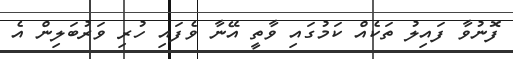
ފޮނުވާ ފައިލު ތަކެއް ކަމުގައި ވާތީ އޭނާ ވެފައި ހުރި ވަރުބަލިން އެ